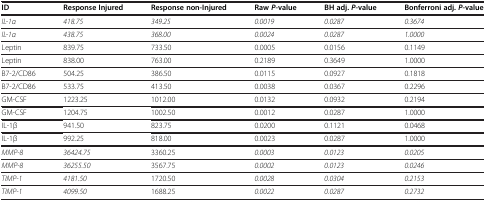
<table><thead><tr><td><b>ID</b></td><td><b>Response Injured</b></td><td><b>Response non-Injured</b></td><td><b>Raw <i>P</i> -value</b></td><td><b>BH adj. <i>P</i> -value</b></td><td><b>Bonferroni adj. <i>P</i> -value</b></td></tr></thead><tbody><tr><td><i>IL-1α</i></td><td><i>418.75</i></td><td><i>349.25</i></td><td><i>0.0019</i></td><td><i>0.0287</i></td><td><i>0.3674</i></td></tr><tr><td><i>IL-1α</i></td><td><i>438.75</i></td><td><i>368.00</i></td><td><i>0.0024</i></td><td><i>0.0287</i></td><td><i>1.0000</i></td></tr><tr><td>Leptin</td><td>839.75</td><td>733.50</td><td>0.0005</td><td>0.0156</td><td>0.1149</td></tr><tr><td>Leptin</td><td>838.00</td><td>763.00</td><td>0.2189</td><td>0.3649</td><td>1.0000</td></tr><tr><td>B7-2/CD86</td><td>504.25</td><td>386.50</td><td>0.0115</td><td>0.0927</td><td>0.1818</td></tr><tr><td>B7-2/CD86</td><td>533.75</td><td>413.50</td><td>0.0038</td><td>0.0367</td><td>0.2296</td></tr><tr><td>GM-CSF</td><td>1223.25</td><td>1012.00</td><td>0.0132</td><td>0.0932</td><td>0.2194</td></tr><tr><td>GM-CSF</td><td>1204.75</td><td>1002.50</td><td>0.0012</td><td>0.0287</td><td>1.0000</td></tr><tr><td>IL-1β</td><td>941.50</td><td>823.75</td><td>0.0200</td><td>0.1121</td><td>0.0468</td></tr><tr><td>IL-1β</td><td>992.25</td><td>818.00</td><td>0.0023</td><td>0.0287</td><td>1.0000</td></tr><tr><td><i>MMP-8</i></td><td><i>36424.75</i></td><td>3360.25</td><td><i>0.0003</i></td><td><i>0.0123</i></td><td><i>0.0205</i></td></tr><tr><td><i>MMP-8</i></td><td><i>36255.50</i></td><td>3567.75</td><td><i>0.0002</i></td><td><i>0.0123</i></td><td><i>0.0246</i></td></tr><tr><td><i>TIMP-1</i></td><td><i>4181.50</i></td><td>1720.50</td><td><i>0.0028</i></td><td><i>0.0304</i></td><td><i>0.2153</i></td></tr><tr><td><i>TIMP-1</i></td><td><i>4099.50</i></td><td>1688.25</td><td><i>0.0022</i></td><td><i>0.0287</i></td><td><i>0.2732</i></td></tr></tbody></table>